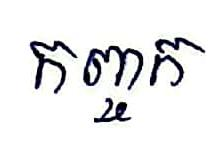
កញ្ចក